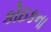
કોઇકના